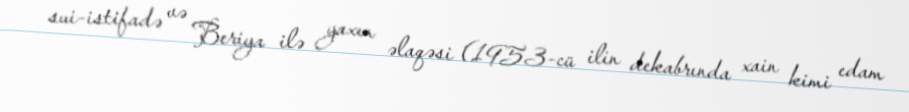
sui-istifadə və Beriya ilə yaxın əlaqəsi (1953-cü ilin dekabrında xain kimi edam